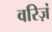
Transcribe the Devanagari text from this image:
वरिज़ं